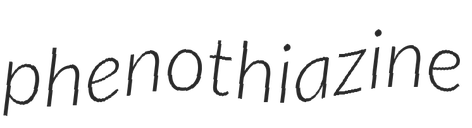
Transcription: phenothiazine